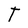
Character: T